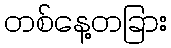
တစ်နေ့တခြား